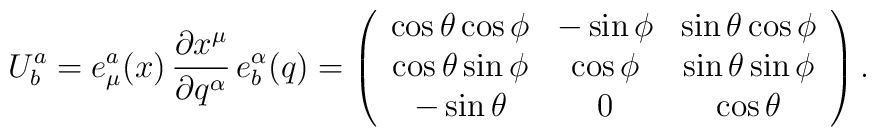
U^a_b =  e^a_\mu (x) \, \frac{\partial x^\mu}{\partial q^\alpha}\,    e^\alpha_b (q) =    \left(\begin{array}{ccc}  \cos \theta \cos \phi & - \sin \phi & \sin \theta \cos \phi \\  \cos \theta \sin \phi &   \cos \phi & \sin \theta \sin \phi \\  - \sin \theta         &           0 & \cos \theta\end{array} \right).